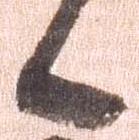
候